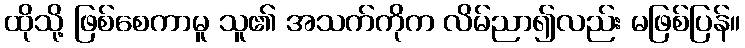
ထိုသို့ ဖြစ်စေကာမူ သူ၏ အသက်ကိုက လိမ်ညာ၍လည်း မဖြစ်ပြန်။